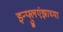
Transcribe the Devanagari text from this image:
इन्फ्लुएंझाच्या